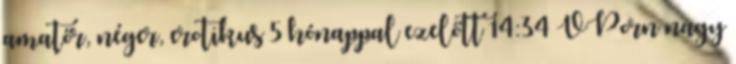
amatőr, néger, erotikus 5 hónappal ezelőtt 14:34 VPorn nagy